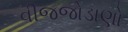
વીજજોડાણો